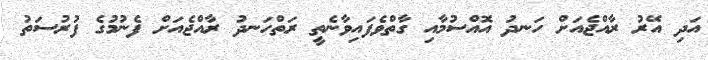
އަދި އޭރު ރާއްޖެއަށް ހަނދު އޮއްސުމާއި ގާތްވެފައިވާނެތީ ރަތްހަނދު ރާއްޖެއަށް ފެނުމުގެ ފުރުސަތު